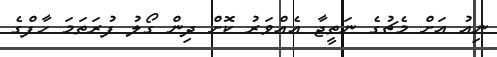
ނިއު އަށް މެޗުގެ ނަތީޖާ އެއްވަރު ކޮށް ދިން ގޯލު ފުރަތަމަ ހާފްގެ